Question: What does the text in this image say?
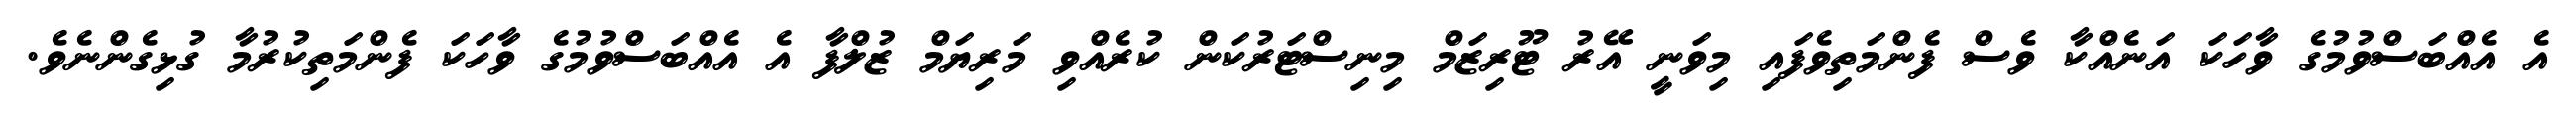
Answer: އެ އެއްބަސްވުމުގެ ވާހަކަ އަނެއްކާ ވެސް ފެންމަތިވެފައި މިވަނީ އޭރު ޓޫރިޒަމް މިނިސްޓަރުކަން ކުރެއްވި މަރިޔަމް ޒުލްފާ އެ އެއްބަސްވުމުގެ ވާހަކަ ފެންމަތިކުރުމާ ގުޅިގެންނެވެ.